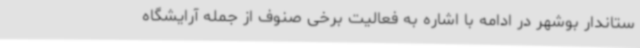
ستاندار بوشهر در ادامه با اشاره به فعالیت برخی صنوف از جمله آرایشگاه